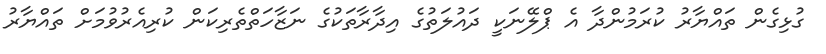
ގުޅިގެން ތައްޔާރު ކުރަމުންދާ އެ ޕްލޭނަކީ ދައުލަތުގެ އިދާރާތަކުގެ ނަޒާހަތްތެރިކަން ކުރިއެރުވުމަށް ތައްޔާރު